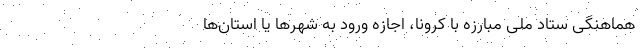
هماهنگی ستاد ملی مبارزه با کرونا، اجازه ورود به شهرها یا استان‌ها